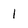
Character: 1